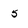
Character: 5